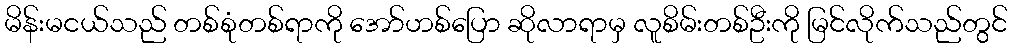
မိန်းမငယ်သည် တစ်စုံတစ်ရာကို အော်ဟစ်ပြော ဆိုလာရာမှ လူစိမ်းတစ်ဦးကို မြင်လိုက်သည်တွင်